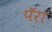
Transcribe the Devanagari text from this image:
पॅरा